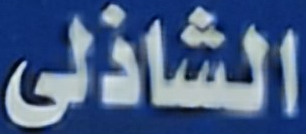
الشاذلى